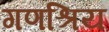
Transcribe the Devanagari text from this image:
गणश्रिय